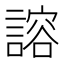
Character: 𫍇